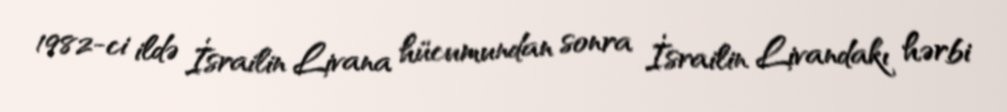
1982-ci ildə İsrailin Livana hücumundan sonra İsrailin Livandakı hərbi